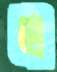
এ